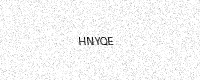
Text: HNYQE